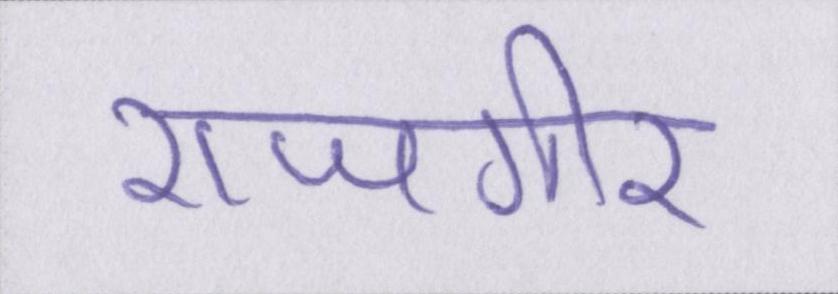
राजगीर